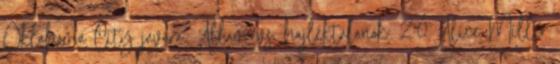
Oklahoma City javára. Állam vs. hajléktalanok: 2:0 Alice Miller